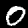
Label: 0